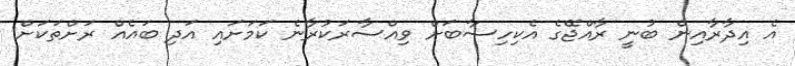
އެ އިދާރާއިން ބުނީ ރާއްޖޭގެ އެކިހިސާބަށް ވިއްސާރަކުރާނެ ކަމަށައި އަދި ބައެއް ރަށްތަކަށް